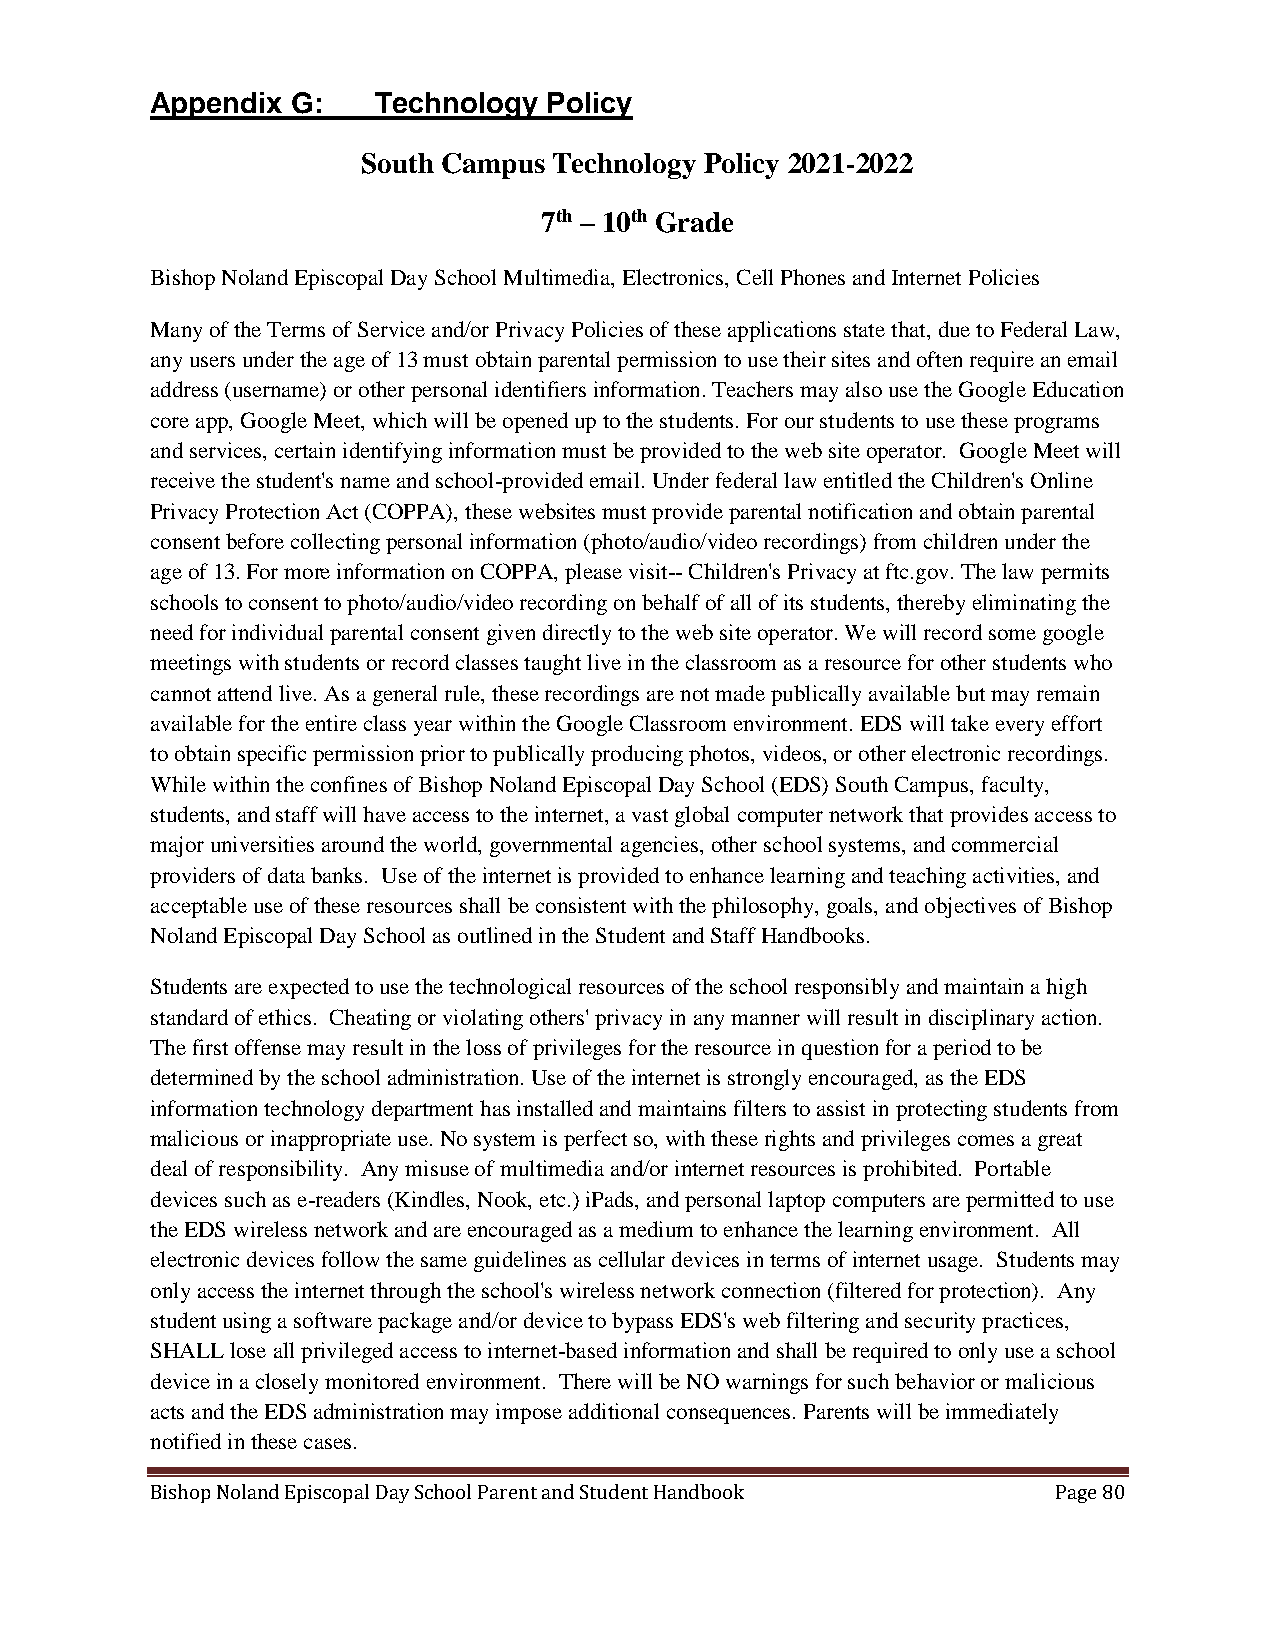
Appendix G:    Technology Policy
 South Campus Technology Policy 2021-2022
 7th – 10th Grade
 Bishop Noland Episcopal Day School Multimedia, Electronics, Cell Phones and Internet Policies
 Many of the Terms of Service and/or Privacy Policies of these applications state that, due to Federal Law,
 any users under the age of 13 must obtain parental permission to use their sites and often require an email
 address (username) or other personal identifiers information. Teachers may also use the Google Education
 core app, Google Meet, which will be opened up to the students. For our students to use these programs
 and services, certain identifying information must be provided to the web site operator. Google Meet will
 receive the student's name and school-provided email. Under federal law entitled the Children's Online
 Privacy Protection Act (COPPA), these websites must provide parental notification and obtain parental
 consent before collecting personal information (photo/audio/video recordings) from children under the
 age of 13. For more information on COPPA, please visit-- Children's Privacy at ftc.gov. The law permits
 schools to consent to photo/audio/video recording on behalf of all of its students, thereby eliminating the
 need for individual parental consent given directly to the web site operator. We will record some google
 meetings with students or record classes taught live in the classroom as a resource for other students who
 cannot attend live. As a general rule, these recordings are not made publically available but may remain
 available for the entire class year within the Google Classroom environment. EDS will take every effort
 to obtain specific permission prior to publically producing photos, videos, or other electronic recordings.
 While within the confines of Bishop Noland Episcopal Day School (EDS) South Campus, faculty,
 students, and staff will have access to the internet, a vast global computer network that provides access to
 major universities around the world, governmental agencies, other school systems, and commercial
 providers of data banks. Use of the internet is provided to enhance learning and teaching activities, and
 acceptable use of these resources shall be consistent with the philosophy, goals, and objectives of Bishop
 Noland Episcopal Day School as outlined in the Student and Staff Handbooks.
 Students are expected to use the technological resources of the school responsibly and maintain a high
 standard of ethics. Cheating or violating others' privacy in any manner will result in disciplinary action.
 The first offense may result in the loss of privileges for the resource in question for a period to be
 determined by the school administration. Use of the internet is strongly encouraged, as the EDS
 information technology department has installed and maintains filters to assist in protecting students from
 malicious or inappropriate use. No system is perfect so, with these rights and privileges comes a great
 deal of responsibility. Any misuse of multimedia and/or internet resources is prohibited. Portable
 devices such as e-readers (Kindles, Nook, etc.) iPads, and personal laptop computers are permitted to use
 the EDS wireless network and are encouraged as a medium to enhance the learning environment. All
 electronic devices follow the same guidelines as cellular devices in terms of internet usage. Students may
 only access the internet through the school's wireless network connection (filtered for protection). Any
 student using a software package and/or device to bypass EDS's web filtering and security practices,
 SHALL lose all privileged access to internet-based information and shall be required to only use a school
 device in a closely monitored environment. There will be NO warnings for such behavior or malicious
 acts and the EDS administration may impose additional consequences. Parents will be immediately
 notified in these cases.
 Bishop Noland Episcopal Day School Parent and Student Handbook Page 80